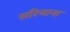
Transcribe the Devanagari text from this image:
सरियाना